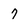
Character: 7